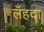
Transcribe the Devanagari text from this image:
लँहदा